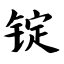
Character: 锭